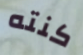
كنته